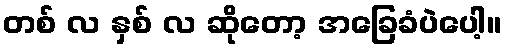
တစ် လ နှစ် လ ဆိုတော့ အခြေခံပဲပေါ့။